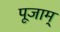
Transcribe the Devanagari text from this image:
पूजाम्